Annual administration and progress report of the Indian Medical Department, Bombay
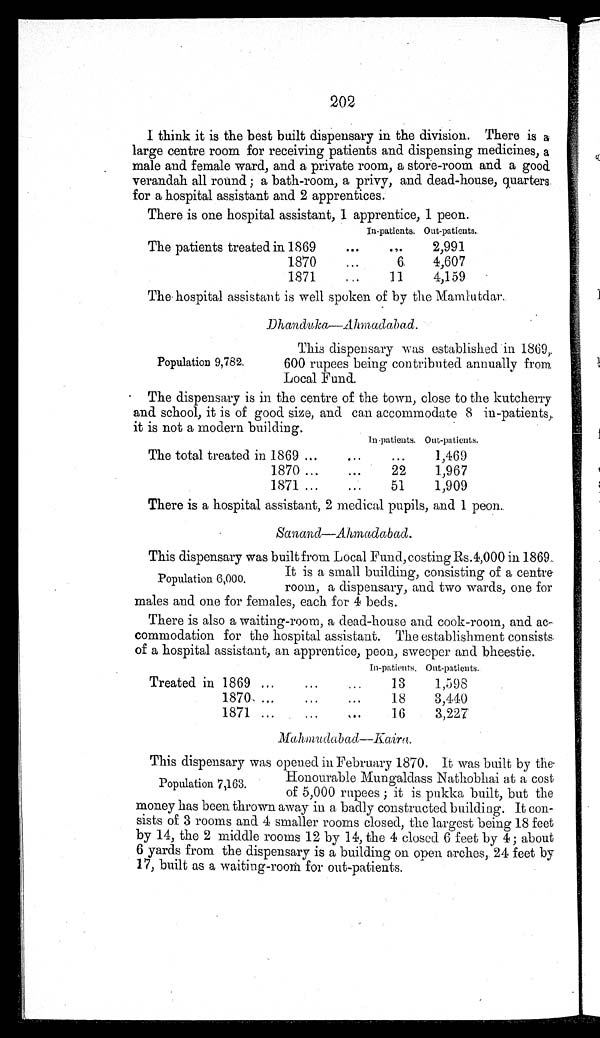
202
I think it is the best built dispensary in the division. There is a
large centre room for receiving patients and dispensing medicines, a
male and female ward, and a private room, a store-room and a good
verandah all round; a bath-room, a privy, and dead-house, quarters
for a hospital assistant and 2 apprentices.
There is one hospital assistant. 1 apprentice. 1 peon.
In-patients. Out-patients.
The patients treated in 1869
. . .
2,991
1870
6
4,607
1871
11
4,159
The hospital assistant is well spoken of by the Mamlutdar .
Dhanduka—Ahmadabad.
Population 9,782.
This dispensary was established in 1869,
600 rupees being contributed annually from
Local Fund.
The dispensary is in the centre of the town, close to the kutcherry
and school, it is of good size, and can accommodate 8 in-patients,
it is not a modern building.
In patients. Out-patients.
The total treated in 1869
. . .
1,469
1870
22
1,967
1871
51
1,909
There is a hospital assistant, 2 medical pupils, and 1 peon.
Sanand—Ahmaadabad.
This dispensary was built from Local Fund, costing Rs.4,000 in 1869
It is a small building, consisting of a centre
room dispensary, and two wards, one for
males and one for females, each for 4 beds.
There is also a waiting-room, a dead-house and cook-room, and ac-
commodation for the hospital assistant. The establishment consists
of a hospital assistant, an apprentice, peon, sweeper and bheestie.
I n - p a t i e n t s . Out-patients..
Treated in 1869
13
1,598
1 8 7 0
18
3,440
1871
16
3,227
Mahmudabd—Kaira
This dispensary was opened in February 1870. It was built by the
Population 6,000.
Population 7,163.
Honourable Mungaldass Nathobhai at a cost
of 5,000 rupees; it is pukka built, but the
money has been thrown away in a badly constructed building. It con-
sists of 3 rooms and 4 smaller rooms closed, the largest being 18 feet
by 14, the 2 middle rooms 12 by 14, the 4 closed 6 feet by 4; about
6 yards from the dispensary is a building on open arches, 24 feet by
17, built as a waiting-room for out-patients.